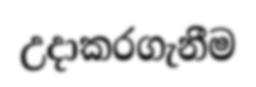
උදාකරගැනීම